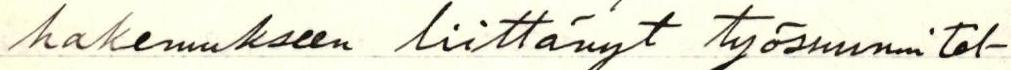
hakemukseen liittänyt työsuunnitel-